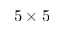
5 \times 5